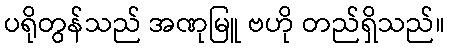
ပရိုတွန်သည် အဏုမြူ ဗဟို တည်ရှိသည်။